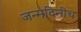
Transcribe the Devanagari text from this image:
जन्मदिनीच